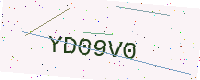
Text: YD09V0